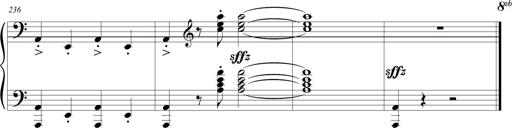
Title: Sonatina (Piano Sonata No.9)
Composer: Richard St. Clair